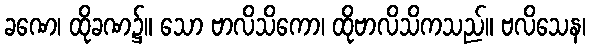
ခဏေ၊ ထိုခဏ၌။ သော ဗာလိသိကော၊ ထိုဗာလိသိကသည်။ ဗလိသေန၊